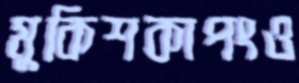
মুকিশকাপংও